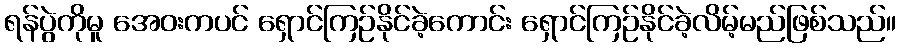
ရန်ပွဲကိုမူ အေဝးကပင် ရှောင်ကြဉ်နိုင်ခဲ့ကောင်း ရှောင်ကြဉ်နိုင်ခဲ့လိမ့်မည်ဖြစ်သည်။